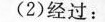
(2)经过：